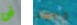
فى وجهك